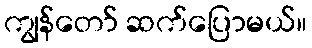
ကျွန်တော် ဆက်ပြောမယ်။